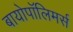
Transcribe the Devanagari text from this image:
बायोपॉलिमर्स